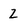
Character: Z